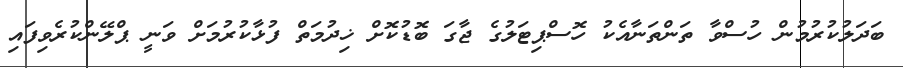
ބަދަލުކުރުމުން ހުސްވާ ތަންތަނާއެކު ހޮސްޕިޓަލުގެ ޖާގަ ބޮޑުކޮށް ޚިދުމަތް ފުޅާކުރުމަށް ވަނީ ޕްލޭންކުރެވިފައި